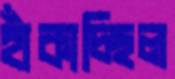
হাঁকাচ্ছিল